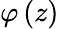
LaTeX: \varphi\left(z\right)